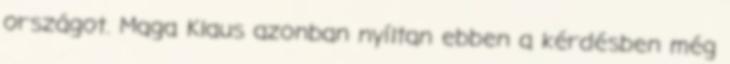
országot. Maga Klaus azonban nyíltan ebben a kérdésben még